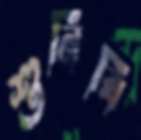
শুনিবি